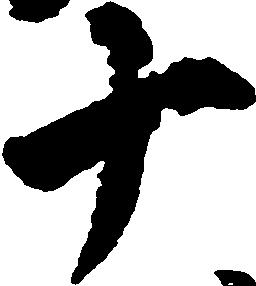
十